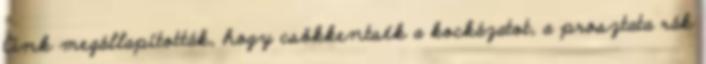
Cink megállapították, hogy csökkentsék a kockázatot, a prosztata rák